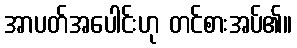
အာပတ်အပေါင်းဟု တင်စားအပ်၏။